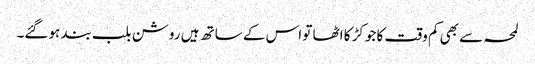
لمحہ سے بھی کم وقت کا جوکڑ کا اٹھا تو اس کے ساتھ ہیں روشن بلب بند ہوگئے۔